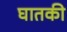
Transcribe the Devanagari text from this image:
घातकी